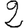
Digit: 2